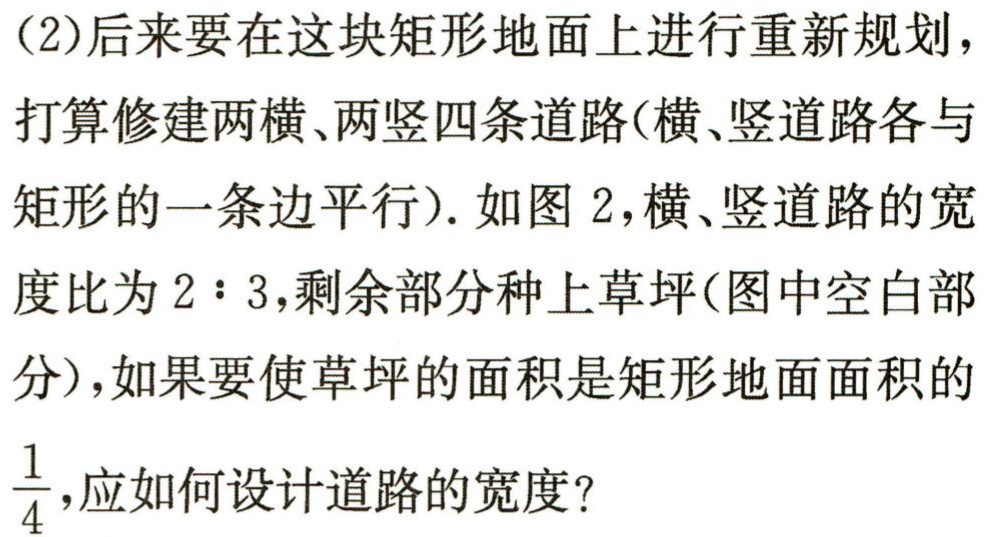
(2)后来要在这块矩形地面上进行重新规划，
打算修建两横、两竖四条道路(横、竖道路各与
矩形的一条边平行). 如图2，横、竖道路的宽
度比为\(2:3\)，剩余部分种上草坪(图中空白部
分)，如果要使草坪的面积是矩形地面面积的
\(\frac{1}{4}\)，应如何设计道路的宽度?